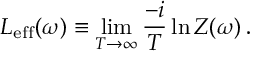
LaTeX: L _ { \mathrm { e f f } } ( \omega ) \equiv \operatorname * { l i m } _ { T \to \infty } \frac { - i } { T } \ln Z ( \omega ) \, .